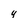
Character: Y